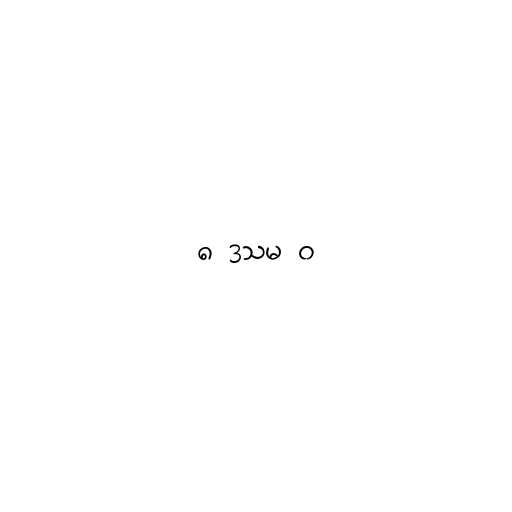
၈ ဒသမ ၀